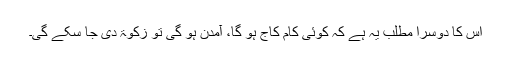
اس کا دوسرا مطلب یہ ہے کہ کوئی کام کاج ہو گا، آمدن ہو گی تو زکوٰۃ دی جا سکے گی۔